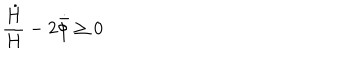
\frac { \dot { H } } { H } - 2 \dot { \bar { \phi } } \geq 0